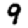
Digit: 9